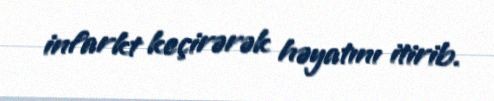
infarkt keçirərək həyatını itirib.